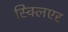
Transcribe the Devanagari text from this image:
स्क्लिएर